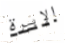
الإبرة